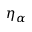
\eta _ { \alpha }